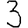
Digit: 3